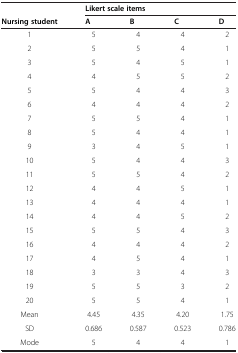
<table><thead><tr><td></td><td colspan="4"><b>Likert scale items</b></td></tr><tr><td><b>Nursing student</b></td><td><b>A</b></td><td><b>B</b></td><td><b>C</b></td><td><b>D</b></td></tr></thead><tbody><tr><td>1</td><td>5</td><td>4</td><td>4</td><td>2</td></tr><tr><td>2</td><td>5</td><td>5</td><td>4</td><td>1</td></tr><tr><td>3</td><td>5</td><td>4</td><td>5</td><td>1</td></tr><tr><td>4</td><td>4</td><td>5</td><td>5</td><td>2</td></tr><tr><td>5</td><td>5</td><td>4</td><td>4</td><td>3</td></tr><tr><td>6</td><td>4</td><td>4</td><td>4</td><td>2</td></tr><tr><td>7</td><td>5</td><td>5</td><td>4</td><td>1</td></tr><tr><td>8</td><td>5</td><td>4</td><td>4</td><td>1</td></tr><tr><td>9</td><td>3</td><td>4</td><td>5</td><td>1</td></tr><tr><td>10</td><td>5</td><td>4</td><td>4</td><td>3</td></tr><tr><td>11</td><td>5</td><td>5</td><td>4</td><td>2</td></tr><tr><td>12</td><td>4</td><td>4</td><td>5</td><td>1</td></tr><tr><td>13</td><td>4</td><td>4</td><td>4</td><td>1</td></tr><tr><td>14</td><td>4</td><td>4</td><td>5</td><td>2</td></tr><tr><td>15</td><td>5</td><td>5</td><td>4</td><td>3</td></tr><tr><td>16</td><td>4</td><td>4</td><td>4</td><td>2</td></tr><tr><td>17</td><td>4</td><td>5</td><td>4</td><td>1</td></tr><tr><td>18</td><td>3</td><td>3</td><td>4</td><td>3</td></tr><tr><td>19</td><td>5</td><td>5</td><td>3</td><td>2</td></tr><tr><td>20</td><td>5</td><td>5</td><td>4</td><td>1</td></tr><tr><td>Mean</td><td>4.45</td><td>4.35</td><td>4.20</td><td>1.75</td></tr><tr><td>SD</td><td>0.686</td><td>0.587</td><td>0.523</td><td>0.786</td></tr><tr><td>Mode</td><td>5</td><td>4</td><td>4</td><td>1</td></tr></tbody></table>